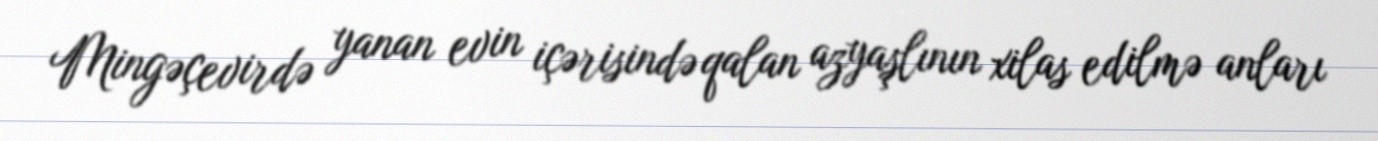
Mingəçevirdə yanan evin içərisində qalan azyaşlının xilas edilmə anları